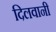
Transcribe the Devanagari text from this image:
दिलवानी